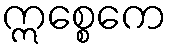
ဣစ္စေကေ